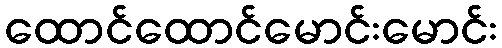
ထောင်ထောင်မောင်းမောင်း